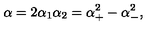
\alpha = 2 \alpha _ { 1 } \alpha _ { 2 } = \alpha _ { + } ^ { 2 } - \alpha _ { - } ^ { 2 } ,